Annual administration report of the Bombay Presidency - 1887-1892
Year: 1887
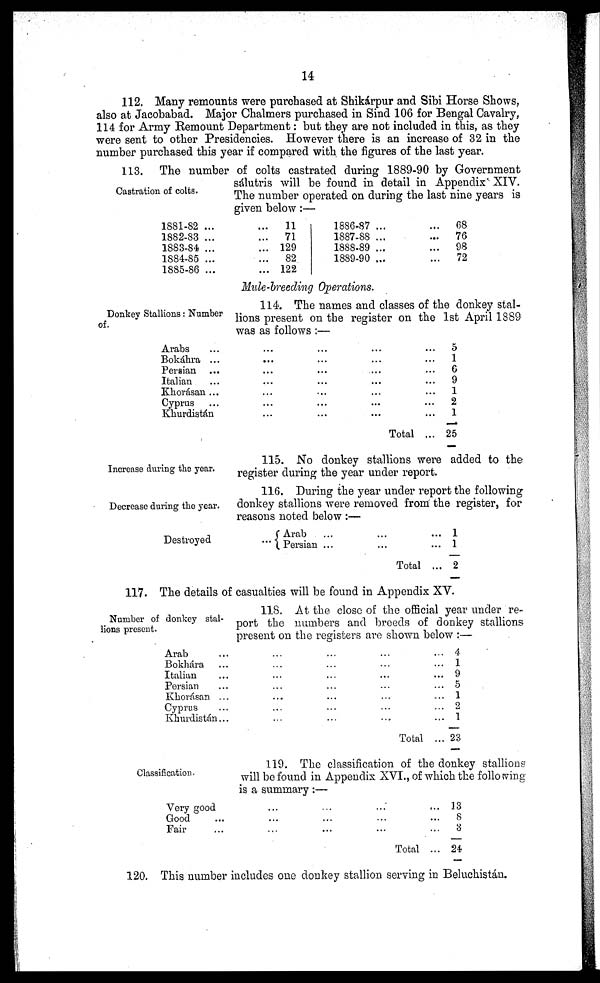
14
112. Many remounts were purchased at Shikárpur and Sibi Horse Shows,
also at Jacobabad. Major Chalmers purchased in Sind 106 for Bengal Cavalry,
114 for Army Remount Department: but they are not included in this, as they
were sent to other Presidencies. However there is an increase of 32 in the
number purchased this year if compared with the figures of the last year.
Castration of colts.
113. The number of colts castrated during 1889-90 by Government
sálutris will be found in detail in Appendix XIV.
The number operated on during the last nine years is
given below:—
1881-82
...
...
1882-33
...
...
1883-84
...
...
1884-85
...
...
1885-86
...
...
11
71
129
82
122
1886-87
...
...
1887-88
...
...
1888-89
...
...
1889-90
...
...
68
76
98
72
Mule-breeding Operations.
Donkey Stallions: Number
of.
114. The names and classes of the donkey stal-
lions present on the register on the 1st April 1889
was as follows:—
Arabs
...
...
...
...
...
Bokáhra ...
...
...
...
...
Persian
...
...
...
...
...
Italian
...
...
...
...
...
Kkorásan ...
...
...
...
...
Cyprus
...
...
...
...
...
Khurdistán
...
...
...
...
...
Total ...
5
1
6
9
1
2
1
25
Increase during the year.
115. No donkey stallions were added to the
register during the year under report.
Decrease during the year.
116. During the year under report the following
donkey stallions were removed from the register, for
reasons noted below:—
Destroyed
Arab
...
...
...
Persian ...
...
...
Total ...
1
1
2
117. The details of casualties will be found in Appendix XV.
Number of donkey stal-
lions present.
118. At the close of the official year under re-
port the numbers and breeds of donkey stallions
present on the registers are shown below:—
Arab
...
...
... ... ... ...
Bokhara
...
...
...
...
...
Italian
...
...
...
...
...
Persian
...
...
... ... ......
Khorásan ...
...
... ... ... ...
Cyprus ... ... ... ... ... ...
Khurdistán ...
...
...
...
...
Total ...
4
1
9
5
1
2
1
23
Classification.
119. The classification of the donkey stallions
will be found in Appendix XVI., of which the following
is a summary:—
Very good
...
...
...
...
Good
...
...
...
......
Fair
...
...
...
......
Total...
13
8
3
24
120. This number includes one donkey stallion serving in Beluchistán.